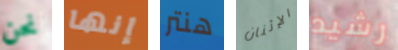
نحن إنها هنتر الإثنان رشيد